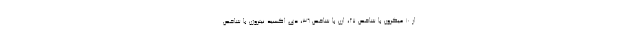
از ۱۰ میکرون با شاخص ۲۷، ازن با شاخص ۳۶، دی اکسید نیتروژن با شاخص